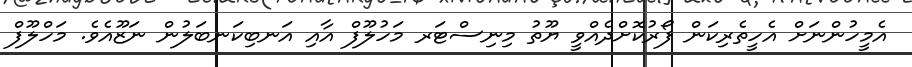
އެމީހުންނަށް އެހީތެރިކަން ފޯރުކޮށްދެއްވީ ޔޫތު މިނިސްޓަރ މަހުލޫފް އާއި އަނބިކަނބަލުން ނަޒޫއެވެ. މަހްލޫފް